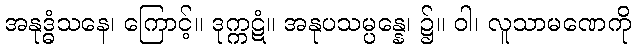
အနုဒ္ဓံသနေ၊ ကြောင့်။ ဒုက္ကဋံ။ အနုပသမ္ပန္နေ၊ ၌။ ဝါ၊ လူသာမဏေကို